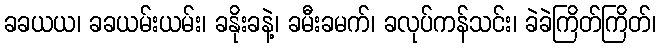
ခခယယ၊ ခခယမ်းယမ်း၊ ခနိုးခနဲ့၊ ခမီးခမက်၊ ခလုပ်ကန်သင်း၊ ခဲခဲကြိတ်ကြိတ်၊